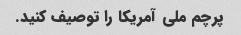
پرچم ملی آمریکا را توصیف کنید.